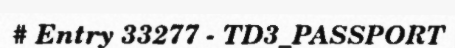
# Entry 33277 - TD3_PASSPORT